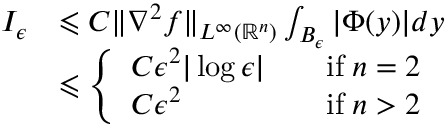
\begin{array} { r l } { I _ { \epsilon } } & { \leqslant C \| \nabla ^ { 2 } f \| _ { L ^ { \infty } ( \mathbb { R } ^ { n } ) } \int _ { B _ { \epsilon } } | \Phi ( y ) | d y } \\ & { \leqslant \left\{ \begin{array} { l l } { C \epsilon ^ { 2 } | \log \epsilon | \quad } & { \mathrm { i f } \; n = 2 } \\ { C \epsilon ^ { 2 } \quad } & { \mathrm { i f } \; n > 2 } \end{array} \right. } \end{array}